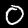
Label: 0